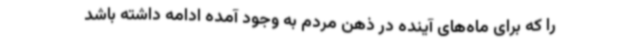
را که برای ماه‌های آینده در ذهن مردم به وجود آمده ادامه داشته باشد